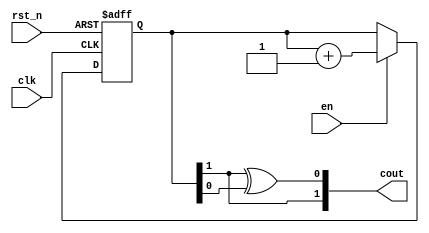
// SPDX-License-Identifier: Apache-2.0
// Copyright (C) 2019 Intel Corporation. 
//gray code counter
module c3aibadapt_cmn_occ_gray_cntr (
  clk,
  rst_n,
  en,
  cout
);


input clk;
input rst_n;
input en;
output [1:0] cout;

reg [1:0] counter_reg;

always @(posedge clk or negedge rst_n)
begin
  if(rst_n == 1'b0)
    counter_reg <= 2'b00;
  else
  begin
    if(en == 1'b1)
      counter_reg <= counter_reg + 1;
    else
      counter_reg <= counter_reg;
  end
end

// need auto-code generator for different WIDTH
assign cout = {counter_reg[1],counter_reg[1]^counter_reg[0]};

endmodule